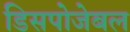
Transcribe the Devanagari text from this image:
डिसपोजेबल